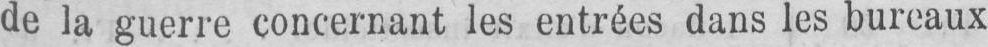
de la guerre concernant les entrées dans les bureaux